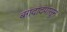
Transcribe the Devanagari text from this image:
बगदादपासून